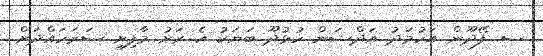
ސ. ފޭދޫން އަހުމަދު އަދްޝަން ހުޅުދޫ ބަޔަކު އެ ރަށު މާފިށި ސަރަހައްދަށް